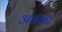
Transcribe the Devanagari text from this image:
अंधका